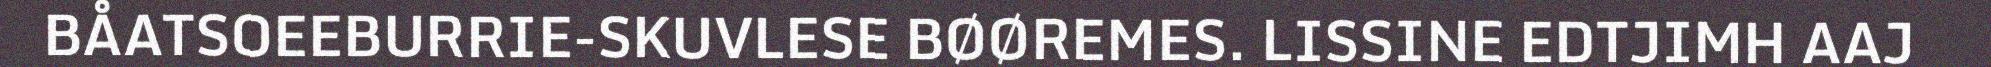
BÅATSOEEBURRIE-SKUVLESE BØØREMES. LISSINE EDTJIMH AAJ